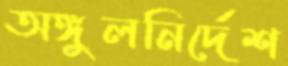
অঙ্গুলনির্দেশ